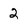
Character: 2